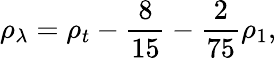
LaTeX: \rho_{\lambda}=\rho_{t}-\frac{8}{15}-\frac{2}{75}\rho_{1},